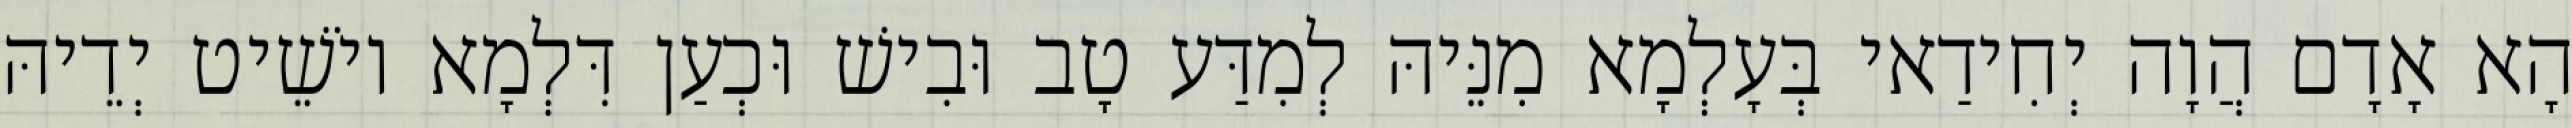
הָא אָדָם הֲוָה יְחִידַאי בְּעָלְמָא מִנֵּיהּ לְמִדַּע טָב וּבִישׁ וּכְעַן דִּלְמָא יוֹשֵׁיט יְדֵיהּ